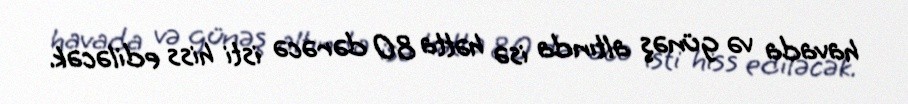
havada və günəş altında isə hətta 80 dərəcə isti hiss ediləcək.